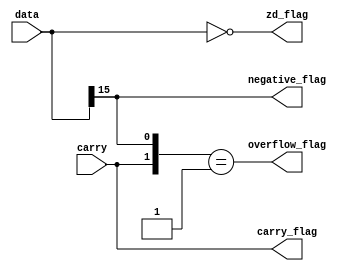
module zd (
	// ------------------------------------------------------------ 
	// Inputs
	// ------------------------------------------------------------
	input wire [15:0] data,
	input wire carry,
	// ------------------------------------------------------------

	// ------------------------------------------------------------ 
	// Outputs
	// ------------------------------------------------------------
	output wire zd_flag,
	output wire carry_flag,
	output wire overflow_flag,
	output wire negative_flag
	// ------------------------------------------------------------ 
	);

// -------------------------------------------------------------------- 
// Logic Declaration
// --------------------------------------------------------------------	
	assign zd_flag = (data == 16'b0000000000000000);
	assign carry_flag = carry;
	assign overflow_flag = ({carry,data[15]} == 2'b01);
	assign negative_flag = (data[15] == 1'b1);
// --------------------------------------------------------------------

endmodule
// --------------------------------------------------------------------